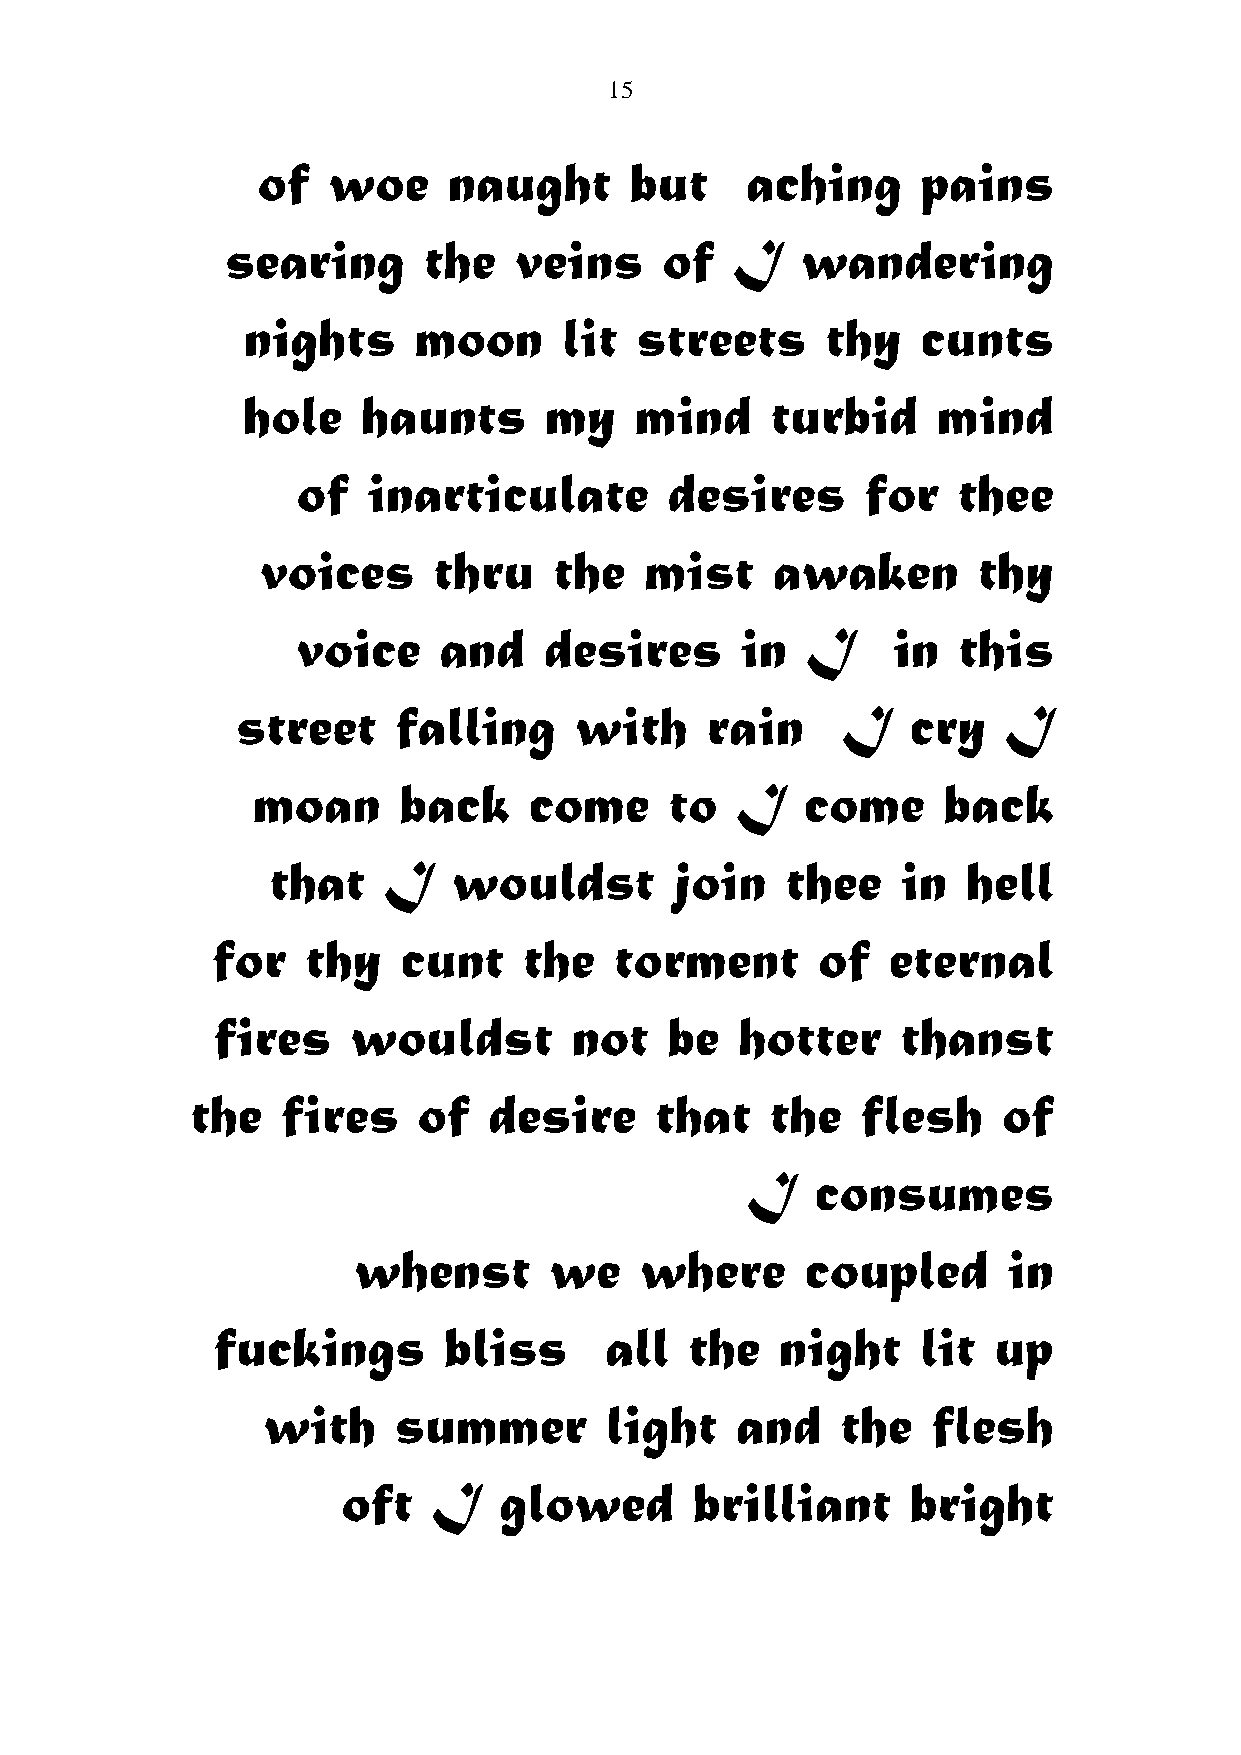
15
 of   woe     naught      but    aching      pains
 searing      the   veins     of   I   wandering
 nights     moon      lit  streets      thy   cunts
 hole    haunts      my    mind     turbid     mind
 of  inarticulate        desires      for   thee
 voices      thru    the   mist    awaken        thy
 voice    and    desires      in  I     in  this
 street    falling     with     rain     I   cry   I
 moan     back     come     to   I   come     back
 that   I    wouldst        join   thee    in  hell
 for   thy    cunt    the   torment      of   eternal
 fires    wouldst        not   be   hotter     thanst
 the   fires    of  desire     that    the   flesh    of
 I    consumes
 whenst       we    where      coupled       in
 fuckings       bliss      all   the   night    lit  up
 with     summer        light    and    the   flesh
 oft   I   glowed       brilliant     bright